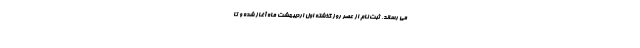
می­­ رساند، ثبت نام از عصر روز گذشته اول اردیبهشت ماه آغاز شده و تا